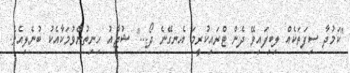
''ކަމުދާ ސިފަތަކެއް ލިބިފައިވޭ ދެން ޓްރައިކުރީމަ އެނގޭނެ ދޯ...'' ޝުޖާއު ހިނިތުންވުމަކާއެކު ބުނެލިއެވެ.